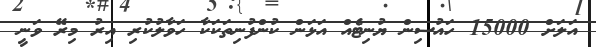
އަލަށް 15000 ހައުސިން ޔުނިޓެއް އަޅަން ކުންފުނިތަކަކާ ހަވާލުކުރި އިރު މިރޭ ވަނީ